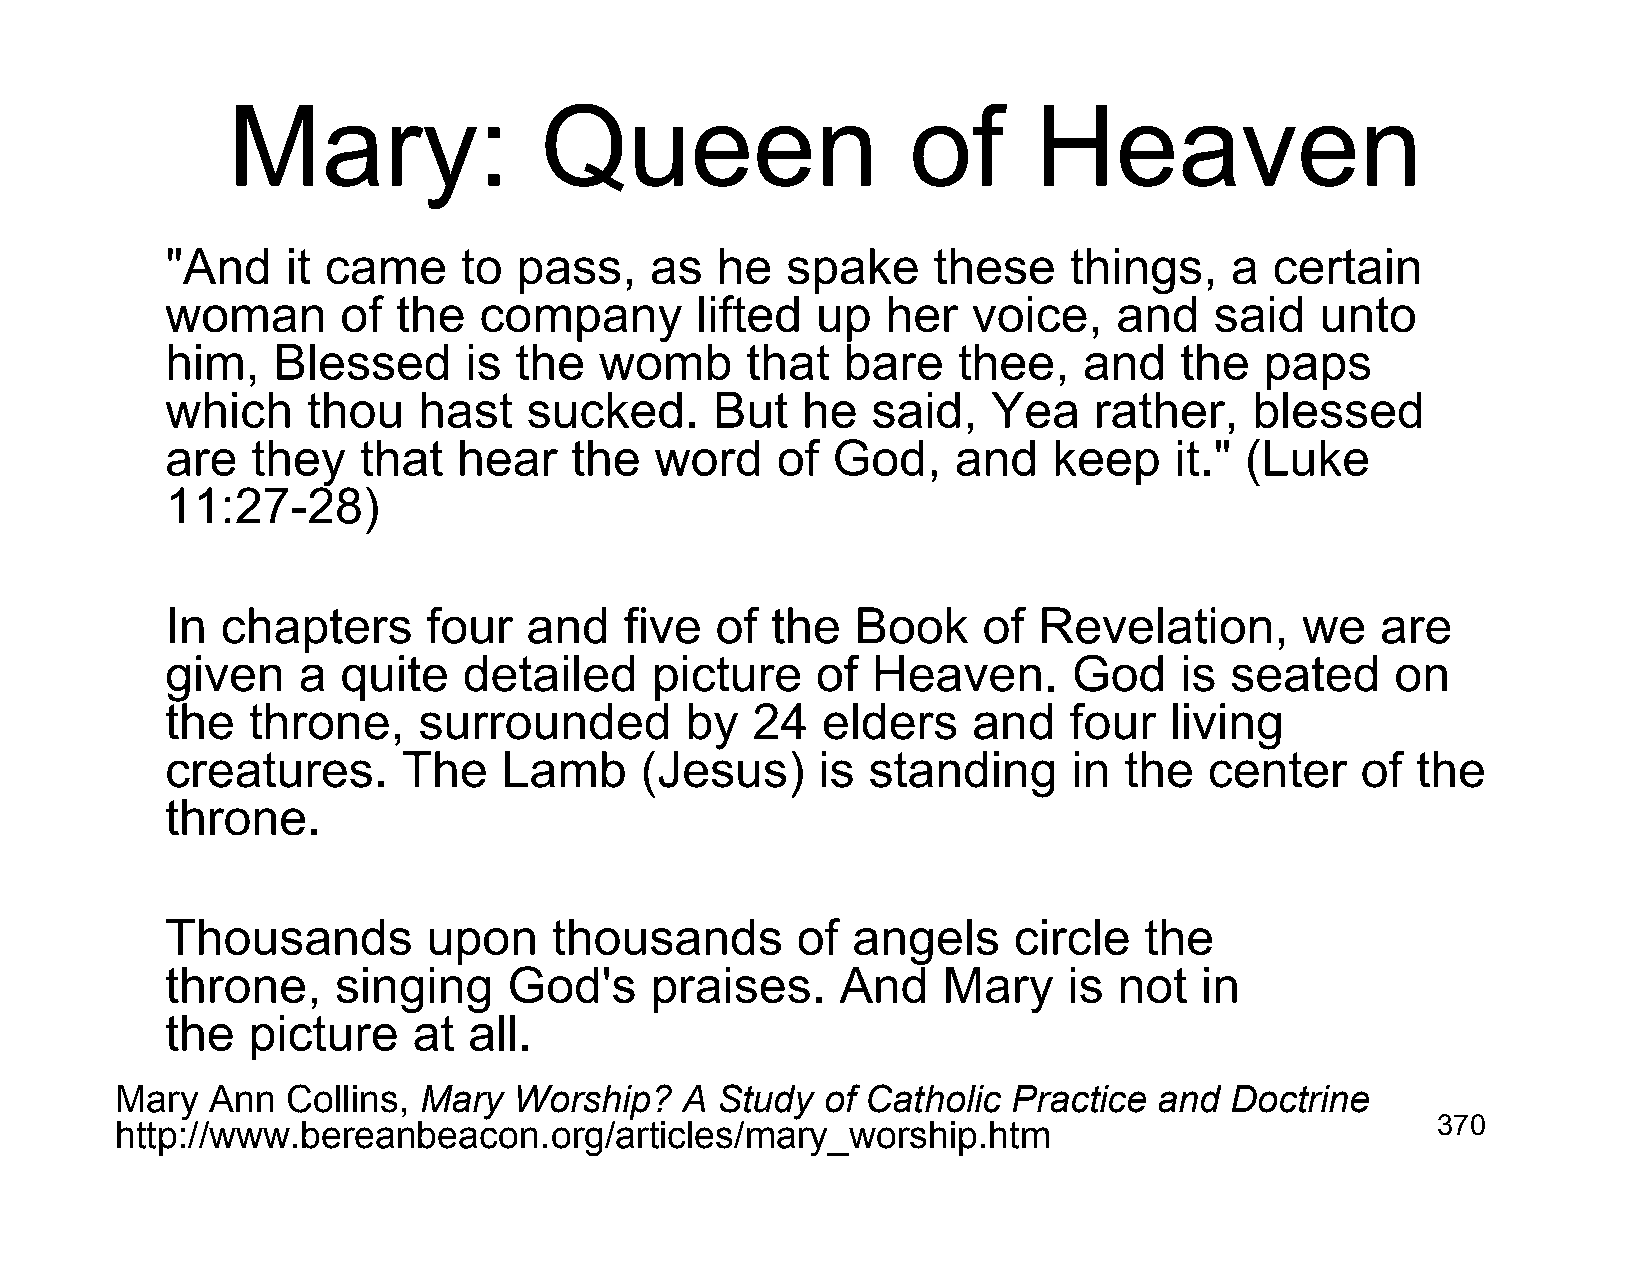
Mary:                Queen                   of      Heaven
 "And    it came     to pass,    as  he   spake     these    things,   a  certain
 woman       of the   company       lifted  up   her  voice,    and   said   unto
 him,   Blessed      is the   womb     that   bare   thee,    and   the   paps
 which    thou    hast   sucked.     But   he   said,   Yea   rather,    blessed
 are   they   that  hear    the  word    of  God,    and    keep    it." (Luke
 11:27-28)
 In  chapters     four   and   five  of  the   Book    of  Revelation,      we   are
 given    a  quite   detailed    picture    of  Heaven.      God    is seated     on
 the  throne,     surrounded       by   24  elders    and    four  living
 creatures.      The   Lamb     (Jesus)     is standing      in the   center    of  the
 throne.
 Thousands        upon     thousands       of angels     circle   the
 throne,    singing     God's    praises.     And   Mary     is not  in
 the  picture    at  all.
 Mary  Ann  Collins, Mary  Worship?   A Study   of Catholic Practice  and Doctrine
 http://www.bereanbeacon.org/articles/mary_worship.htm                                  370